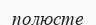
полюсте